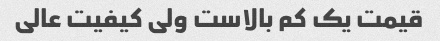
قیمت یک کم بالاست ولی کیفیت عالی